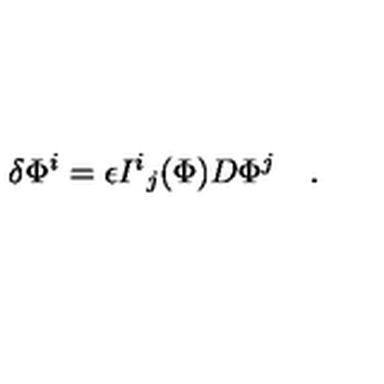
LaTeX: \delta \Phi ^ { i } = \epsilon { I ^ { i } } _ { j } ( \Phi ) D \Phi ^ { j } \quad .